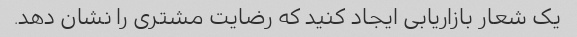
یک شعار بازاریابی ایجاد کنید که رضایت مشتری را نشان دهد.